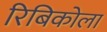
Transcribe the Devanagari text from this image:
रिबिकोला